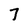
Character: 7